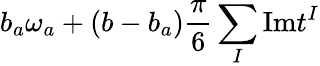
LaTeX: b_{a}\omega_{a}+(b-b_{a}){\frac{\pi}{6}}\sum_{I}\mathrm{Im}t^{I}